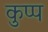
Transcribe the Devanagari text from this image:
कुप्प